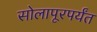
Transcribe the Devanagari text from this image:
सोलापूरपर्यंत